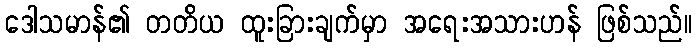
ဒေါသမာန်၏ တတိယ ထူးခြားချက်မှာ အရေးအသားဟန် ဖြစ်သည်။